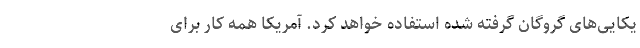
یکایی‌های گروگان گرفته شده‌ استفاده خواهد کرد. آمریکا همه کار برای